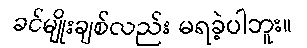
ခင်မျိုးချစ်လည်း မရခဲ့ပါဘူး။